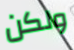
ولكن